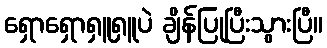
ရှောရှောရှူရှူပဲ ချိန်ပြုပြီးသွားပြီ။